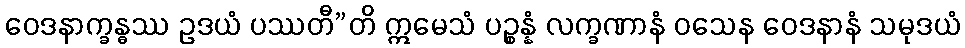
ဝေဒနာက္ခန္ဓဿ ဥဒယံ ပဿတီ”တိ ဣမေသံ ပဉ္စန္နံ လက္ခဏာနံ ဝသေန ဝေဒနာနံ သမုဒယံ